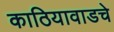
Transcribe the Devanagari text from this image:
काठियावाडचे